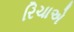
રિચાએ